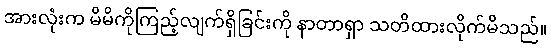
အားလုံးက မိမိကိုကြည့်လျက်ရှိခြင်းကို နာတာရှာ သတိထားလိုက်မိသည်။